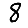
Digit: 8